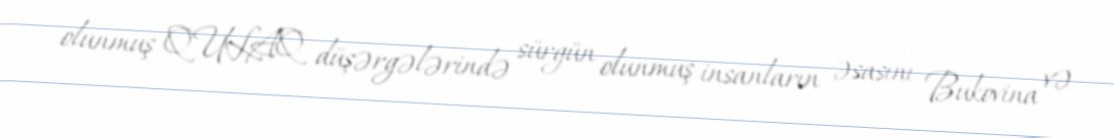
olunmuş QULAQ düşərgələrində sürgün olunmuş insanların əsasını Bukovina və